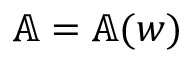
\mathbb { A } = \mathbb { A } ( \boldsymbol { w } )